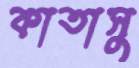
কাতাসু